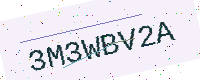
Text: 3M3WBV2A